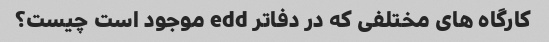
کارگاه های مختلفی که در دفاتر edd موجود است چیست؟